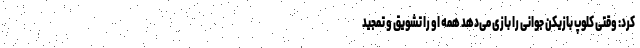
کرد: وقتی کلوپ بازیکن جوانی را بازی می‌دهد همه او را تشویق و تمجید